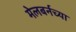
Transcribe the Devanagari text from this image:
मेलबर्नच्या